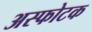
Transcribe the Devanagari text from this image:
अस्फोटक